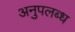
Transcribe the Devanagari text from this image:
अनुपलब्‍ध